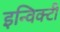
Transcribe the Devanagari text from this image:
इन्विक्टी